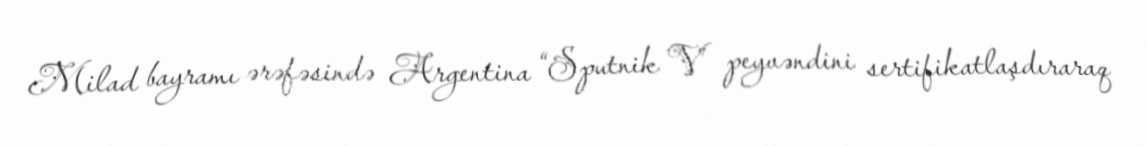
Milad bayramı ərəfəsində Argentina “Sputnik V” peyvəndini sertifikatlaşdıraraq